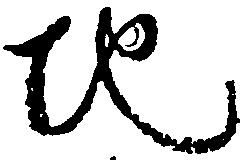
地